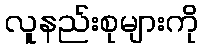
လူနည်းစုများကို